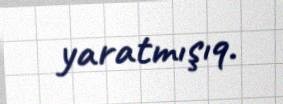
yaratmışıq.